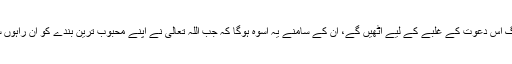
گویا اس سنت اور اسوہ کو قائم کرنا مطلوب تھا کہ رہتی دنیا تک جو لوگ اس دعوت کے غلبے کے لیے اُٹھیں گے، ان کے سامنے یہ اسوہ ہوگا کہ جب اللہ تعالیٰ نے اپنے محبوب ترین بندے کو ان راہوں سے گزارا تو ہمیں ایسے ہی ہتھیلی پر سرسوں جمانے کو نہیں ملے گی۔